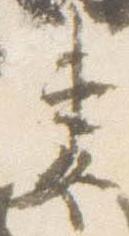
妻